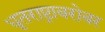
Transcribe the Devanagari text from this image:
धृतराष्ट्राबरोबर